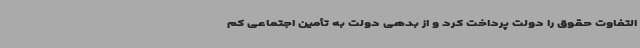
التفاوت حقوق را دولت پرداخت کرد و از بدهی دولت به تأمین اجتماعی کم